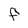
Character: F